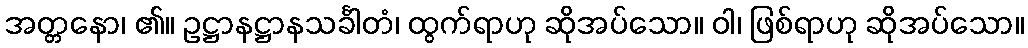
အတ္တနော၊ ၏။ ဥဋ္ဌာနဋ္ဌာနသင်္ခါတံ၊ ထွက်ရာဟု ဆိုအပ်သော။ ဝါ၊ ဖြစ်ရာဟု ဆိုအပ်သော။